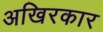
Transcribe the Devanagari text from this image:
अखिरकार